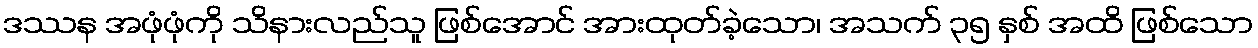
ဒဿန အဖုံဖုံကို သိနားလည်သူ ဖြစ်အောင် အားထုတ်ခဲ့သော၊ အသက် ၃၅ နှစ် အထိ ဖြစ်သော